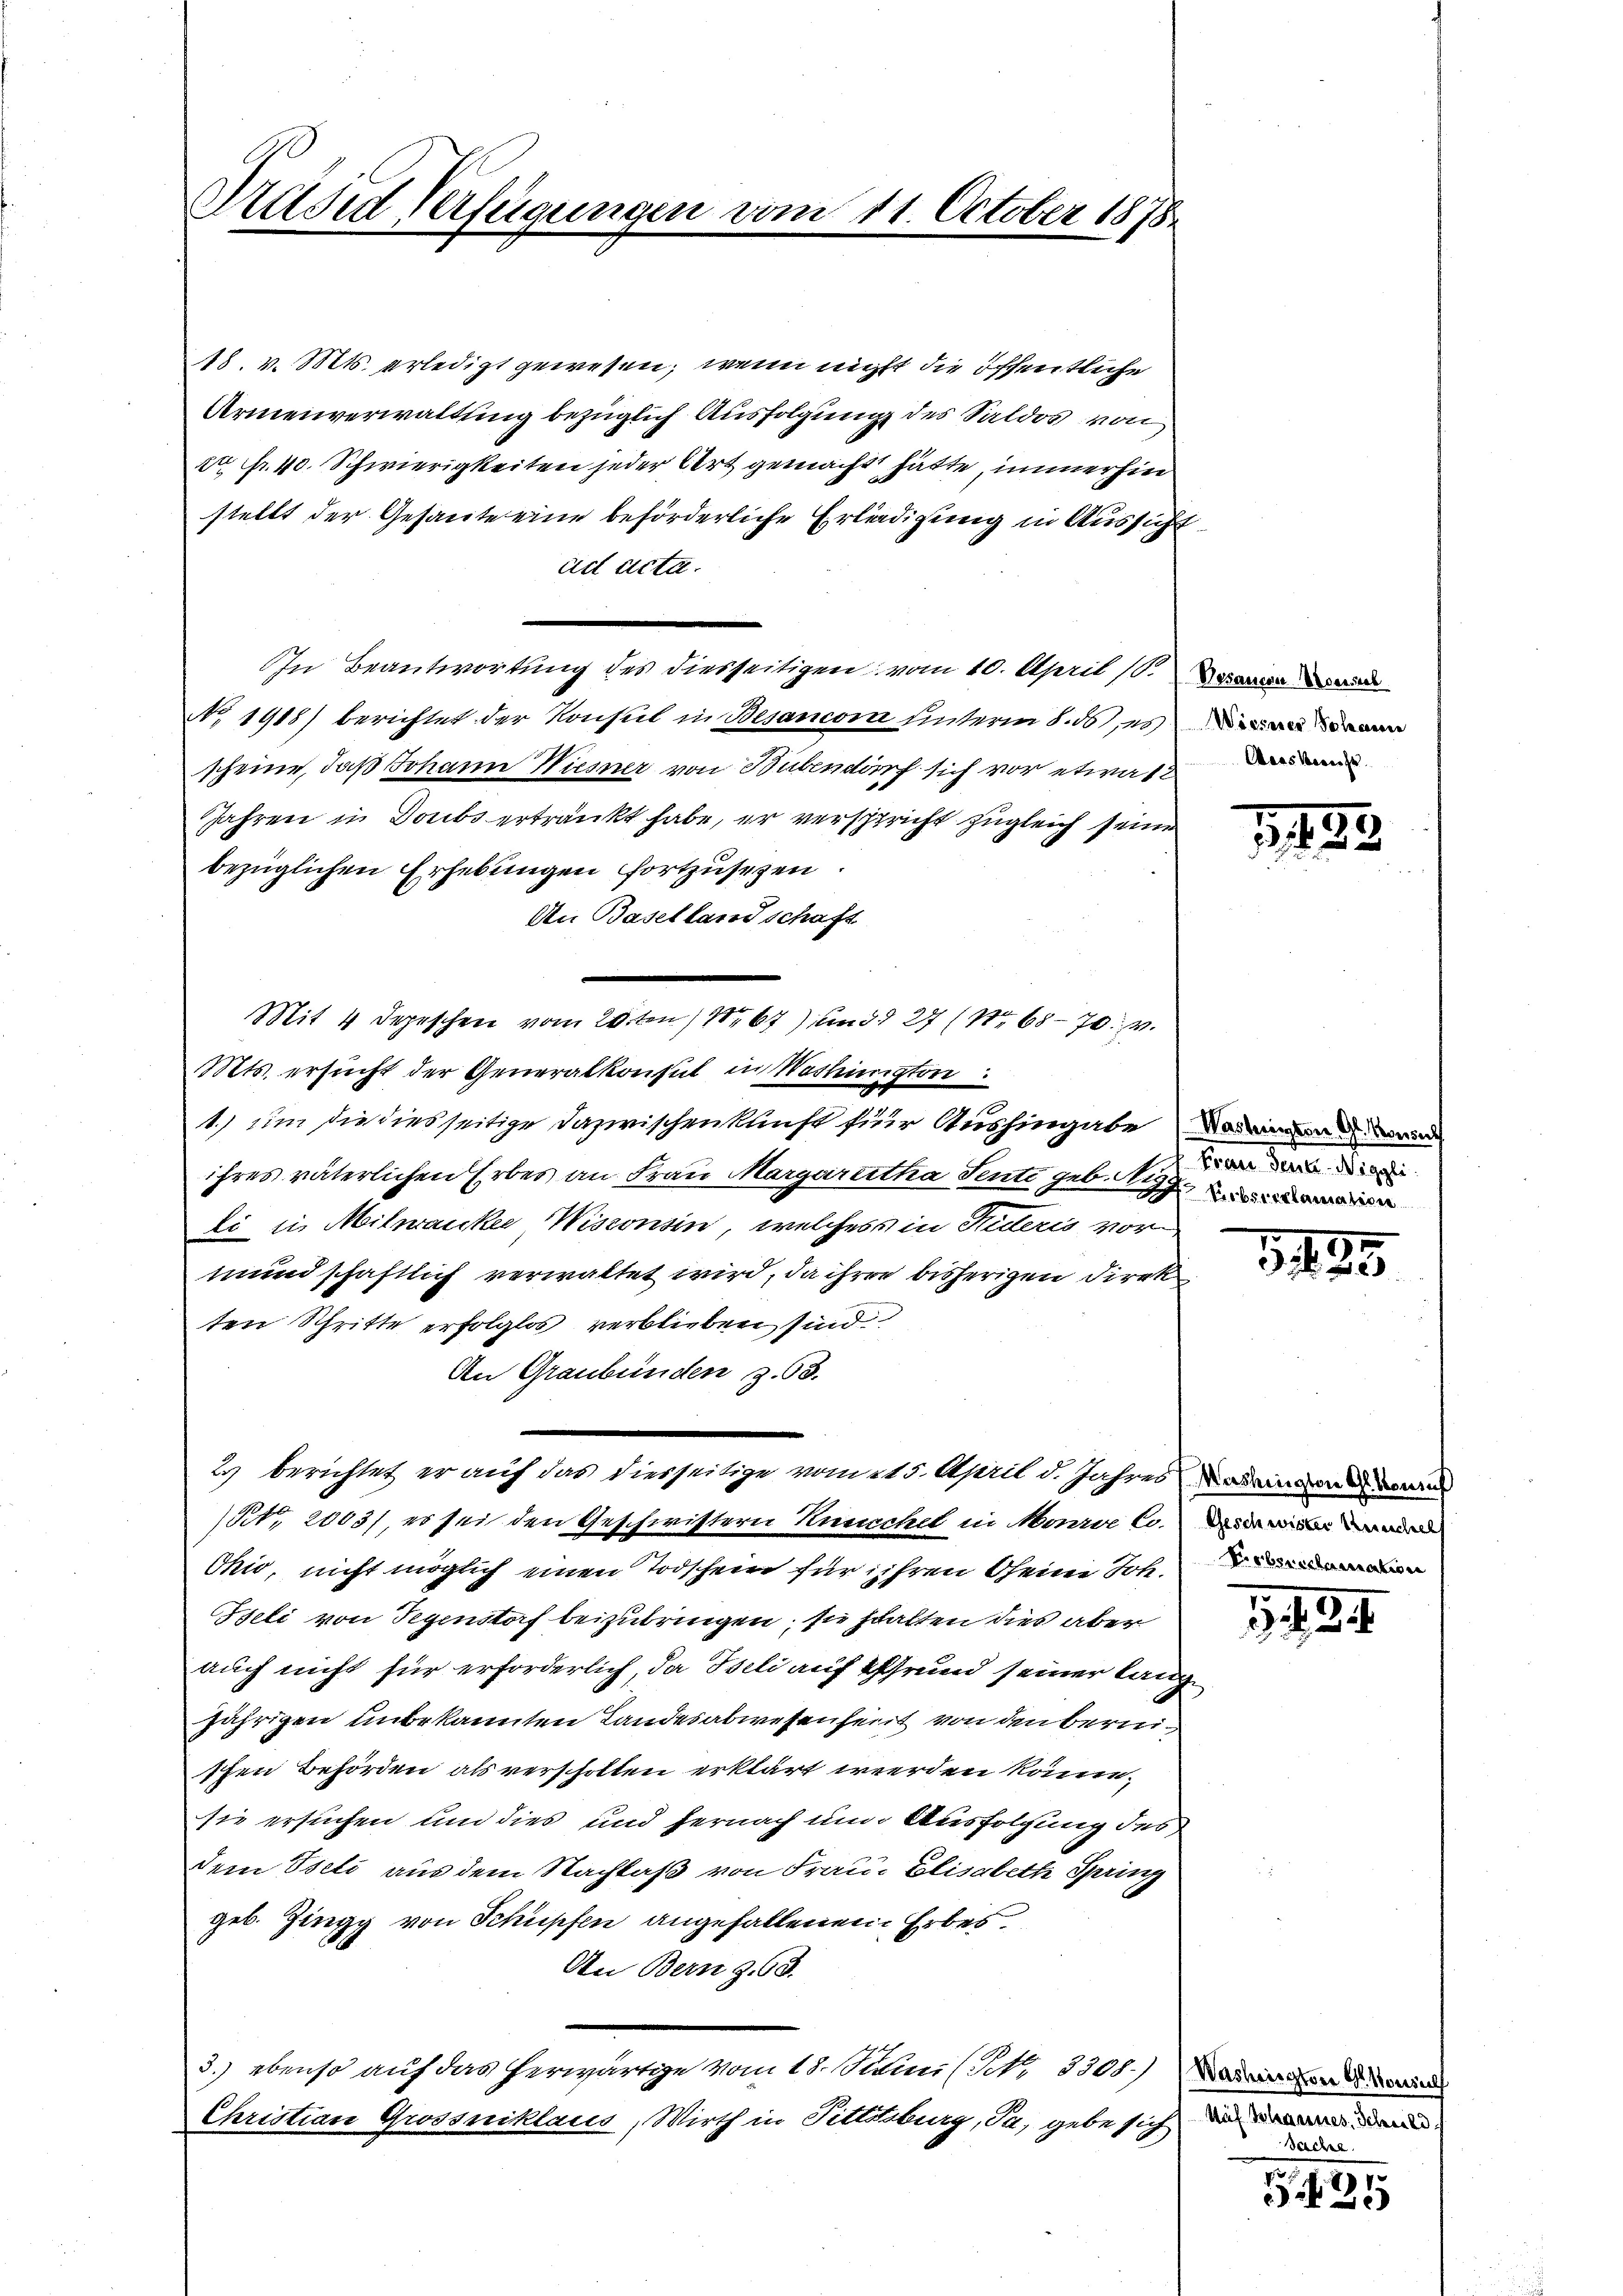
Drüsed Verfügungen vom 11. October 1878

18. v. Mts. erledigt gewesen, wenn nicht die öffentliche
Armenverwaltung bezüglich Ausfolgung des Saldos von
xx Fr. 10. Schwierigkeiten jeder Art gemacht hätte, immerhin
stellt der Gesante eine beförderliche Erledigung in Aussicht
cirt acta.
IIn Beantwortung des diesseitigen vom 10. April 18. der
No 1918) berichtet der Konsul in Besancora unterm 8. ds, es dann
scheine, daß Johann Wiesner von Bübendorf sich vor etwas
Jahren in Doubs ertränkt habe, er verspricht zugleich seine
bezüglichen Erhebungen fortzusezen.
An Basellandschaft
Mts. ersucht der Generalkonsul in Washington
1.) um sie diesseitige dazwischenklinst für Aushingabe des
ihres väterlichen Erbes an Frau Margaretha Sente geb. Rigli in Milwanke Wisconsin, welches in Suteris vor
mundschaftlich verwaltet wird, da ihren bisherigen Direk
ten Schritte erfolglos verblieben sind
An Graubünden Z. 68.
2) berichtet, er auf das diesseitige vom 215. April d. Jahres Dasein von d
Rt., 2003/, es sei den Geschwistern Kunschel in Monie l
Okir, nicht möglich einen Todschein für ihren seine Joh.
Beli von Gegenstaf beizubringen; sie stalten dies aber
auch nicht für erforderlich, da Iseli auf Grund seiner lang
jährigen unbekannten Landesabwesenheit von den berni¬
Ehen Behörden als verscholten erklärt werden könne.
sie ersuchen und dies und hernach nun Ausfolgung des
dem Iseli aus dem Nachlaß von Frau Elisabeth Sprinz
geb. Zingg von Schüpfen angefallenen Erbes.
An Bern 368.
3.) ebenso auf das herwärtige vom 18. Julii (S. 3308.) Dien
Christian Grossniklaus, Wirth in Tittseburg, Ja, gebe sich da

Mit 4 Depeschen vom 20ten 167) und 27 No 6870. v.

3
s
7

Fraene Seele. Mitgli
Pebsreclamatice

1 189

1454

Sache.

.
2